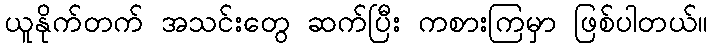
ယူနိုက်တက် အသင်းတွေ ဆက်ပြီး ကစားကြမှာ ဖြစ်ပါတယ်။